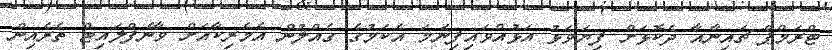
ޓްރަމްޕް ޗައިނާއާ ދެކޮޅަށް ފިޔަވަޅު އަޅުއްވައިފިނަމަ އެކަމުގެ ގެއްލުން އެމެރިކާއަށް ވާނެފްލައިޓް ތެރެއިން